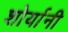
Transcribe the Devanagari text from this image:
शोर्यानी